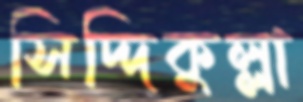
সিদ্দিকুল্লা